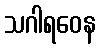
သဂါရဝေန